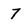
Character: 7